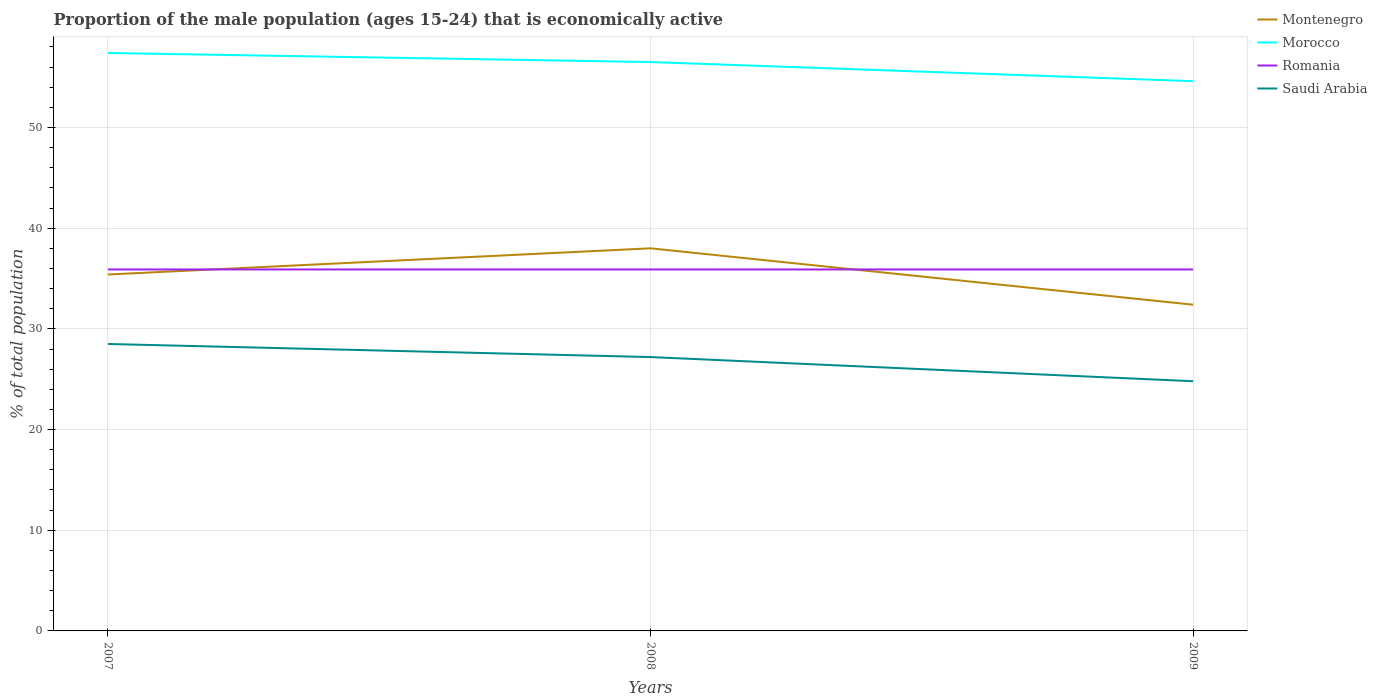
| Years | Montenegro | Morocco | Romania | Saudi Arabia |
 | --- | --- | --- | --- | --- |
 | 2007 | 35.4 | 57.4 | 35.9 | 28.5 |
 | 2008 | 38 | 56.5 | 35.9 | 27.2 |
 | 2009 | 32.4 | 54.6 | 35.9 | 24.8 |